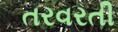
તરવરતી